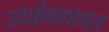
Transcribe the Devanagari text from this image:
उर्धावकार